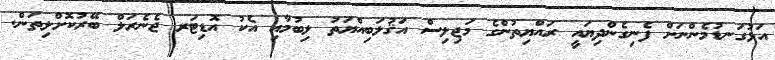
އަޅުގަނޑުމެންނަށް ފެނިގެންދިޔައީ ރައްޔިތުންގެ މަޖިލިސް އަޤުލަބިއްޔަތު ލިބުމާއި އެކު އޮޑިޓަރ ޖެނެރަލް ބޭރުކޮށްލިތަން.